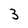
Character: 3